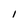
Character: I